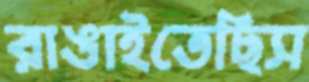
রাঙাইতেছিস